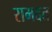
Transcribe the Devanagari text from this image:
रामदत